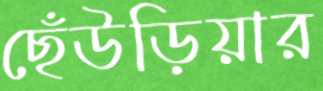
ছেঁউড়িয়ার